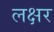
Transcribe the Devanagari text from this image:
लक्षर